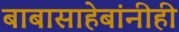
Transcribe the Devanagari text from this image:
बाबासाहेबांनीही